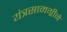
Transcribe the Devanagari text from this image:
यंत्रसामग्रीने